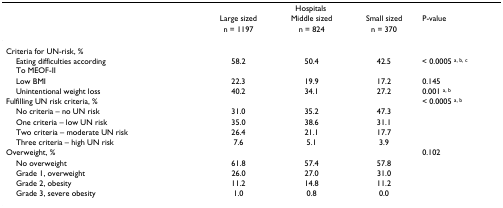
<table><thead><tr><td></td><td colspan="3"><b>Hospitals</b></td><td></td></tr><tr><td></td><td><b>Large sized</b></td><td><b>Middle sized</b></td><td><b>Small sized</b></td><td><b>P-value</b></td></tr><tr><td></td><td><b>n = 1197</b></td><td><b>n = 824</b></td><td><b>n = 370</b></td><td></td></tr></thead><tbody><tr><td>Criteria for UN-risk, %</td><td></td><td></td><td></td><td></td></tr><tr><td> Eating difficulties accordingTo MEOF-II</td><td>58.2</td><td>50.4</td><td>42.5</td><td>&lt; 0.0005 <sup>a, b, c</sup></td></tr><tr><td> Low BMI</td><td>22.3</td><td>19.9</td><td>17.2</td><td>0.145</td></tr><tr><td> Unintentional weight loss</td><td>40.2</td><td>34.1</td><td>27.2</td><td>0.001 <sup>a, b</sup></td></tr><tr><td>Fulfilling UN risk criteria, %</td><td></td><td></td><td></td><td>&lt; 0.0005 <sup>a, b</sup></td></tr><tr><td> No criteria – no UN risk</td><td>31.0</td><td>35.2</td><td>47.3</td><td></td></tr><tr><td> One criteria – low UN risk</td><td>35.0</td><td>38.6</td><td>31.1</td><td></td></tr><tr><td> Two criteria – moderate UN risk</td><td>26.4</td><td>21.1</td><td>17.7</td><td></td></tr><tr><td> Three criteria – high UN risk</td><td>7.6</td><td>5.1</td><td>3.9</td><td></td></tr><tr><td>Overweight, %</td><td></td><td></td><td></td><td>0.102</td></tr><tr><td> No overweight</td><td>61.8</td><td>57.4</td><td>57.8</td><td></td></tr><tr><td> Grade 1, overweight</td><td>26.0</td><td>27.0</td><td>31.0</td><td></td></tr><tr><td> Grade 2, obesity</td><td>11.2</td><td>14.8</td><td>11.2</td><td></td></tr><tr><td> Grade 3, severe obesity</td><td>1.0</td><td>0.8</td><td>0.0</td><td></td></tr></tbody></table>